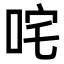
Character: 咤